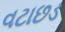
વટાછડ